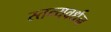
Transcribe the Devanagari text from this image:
स्तन्यवर्धन